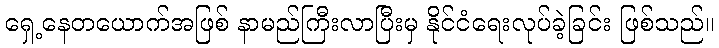
ရှေ့နေတယောက်အဖြစ် နာမည်ကြီးလာပြီးမှ နိုင်ငံရေးလုပ်ခဲ့ခြင်း ဖြစ်သည်။